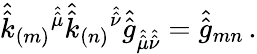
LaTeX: \hat{\hat{k}}_{(m)}{}^{\hat{\hat{\mu}}}\hat{\hat{k}}_{(n)}{}^{\hat{\hat{\nu}}}\hat{\hat{g}}_{\hat{\hat{\mu}}\hat{\hat{\nu}}}=\hat{\hat{g}}_{mn}\, .